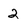
Character: 2